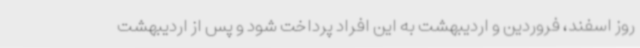
روز اسفند، فروردین و اردیبهشت به این افراد پرداخت شود و پس از اردیبهشت